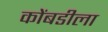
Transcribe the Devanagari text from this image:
कोंबडीला